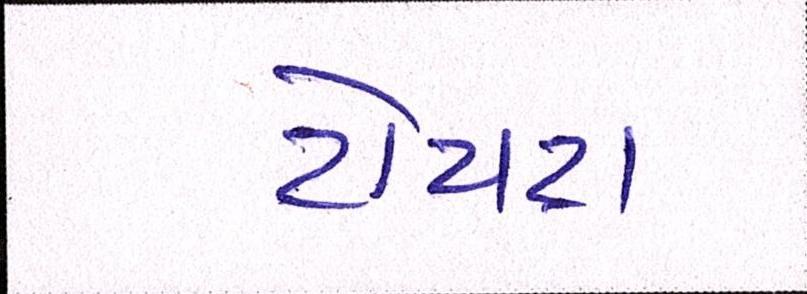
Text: ટોયટા